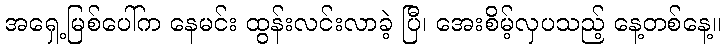
အရှေ့မြစ်ပေါ်က နေမင်း ထွန်းလင်းလာခဲ့ ပြီ၊ အေးစိမ့်လှပသည့် နေ့တစ်နေ့။